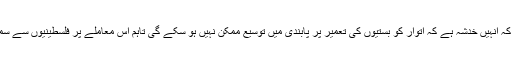
اسرائیل کے وزیرِ دفاع نے بی بی سی کو بتایا ہے کہ انہیں خدشہ ہے کہ اتوار کو بستیوں کی تعمیر پر پابندی میں توسیع ممکن نہیں ہو سکے گی تاہم اس معاملے پر فلسطینیوں سے سمجھوتہ طے پا جانے کے پچاس فیصد امکانات ہیں۔